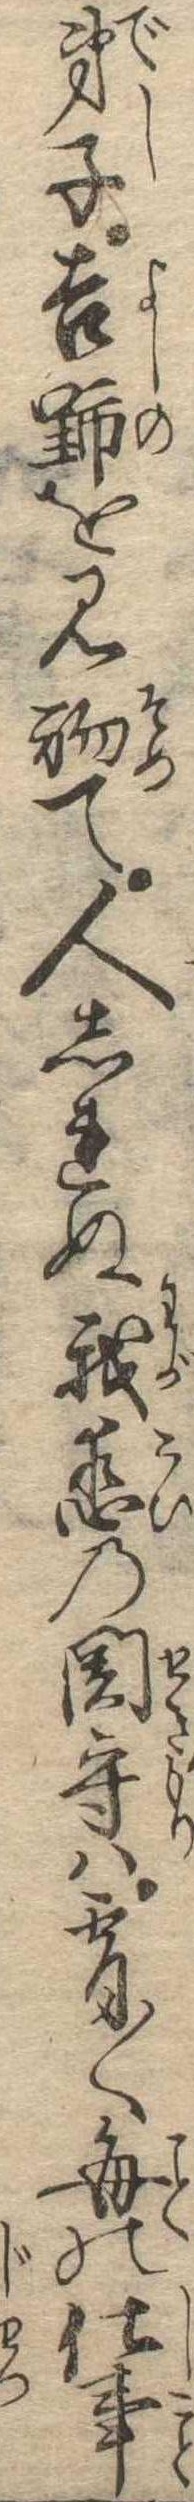
弟子吉野を見初て人しれぬ我恋の関守は宵〱毎の仕事